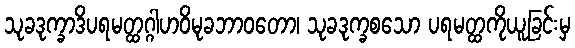
သုခဒုက္ခာဒိပရမတ္ထဂ္ဂါဟဝိမုခဘာဝတော၊ သုခဒုက္ခစသော ပရမတ္ထကိုယူခြင်းမှ